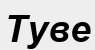
Туве